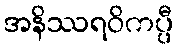
အနိဿရဝိကပ္ပီ